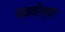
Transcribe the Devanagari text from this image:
चढवील्या